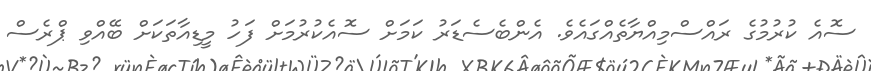
ސޮއެ ކުރުމުގެ ރައްސްމިއްޔާތެއްގައެވެ. އެންބެސެޑަރު ކަމަށް ސޮއެކުރުމަށް ފަހު މީޑިއާތަކަށް ބޭއްވި ޕްރެސް